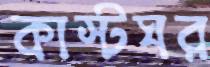
কাস্টঘর